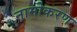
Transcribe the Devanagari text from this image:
नामोकरण